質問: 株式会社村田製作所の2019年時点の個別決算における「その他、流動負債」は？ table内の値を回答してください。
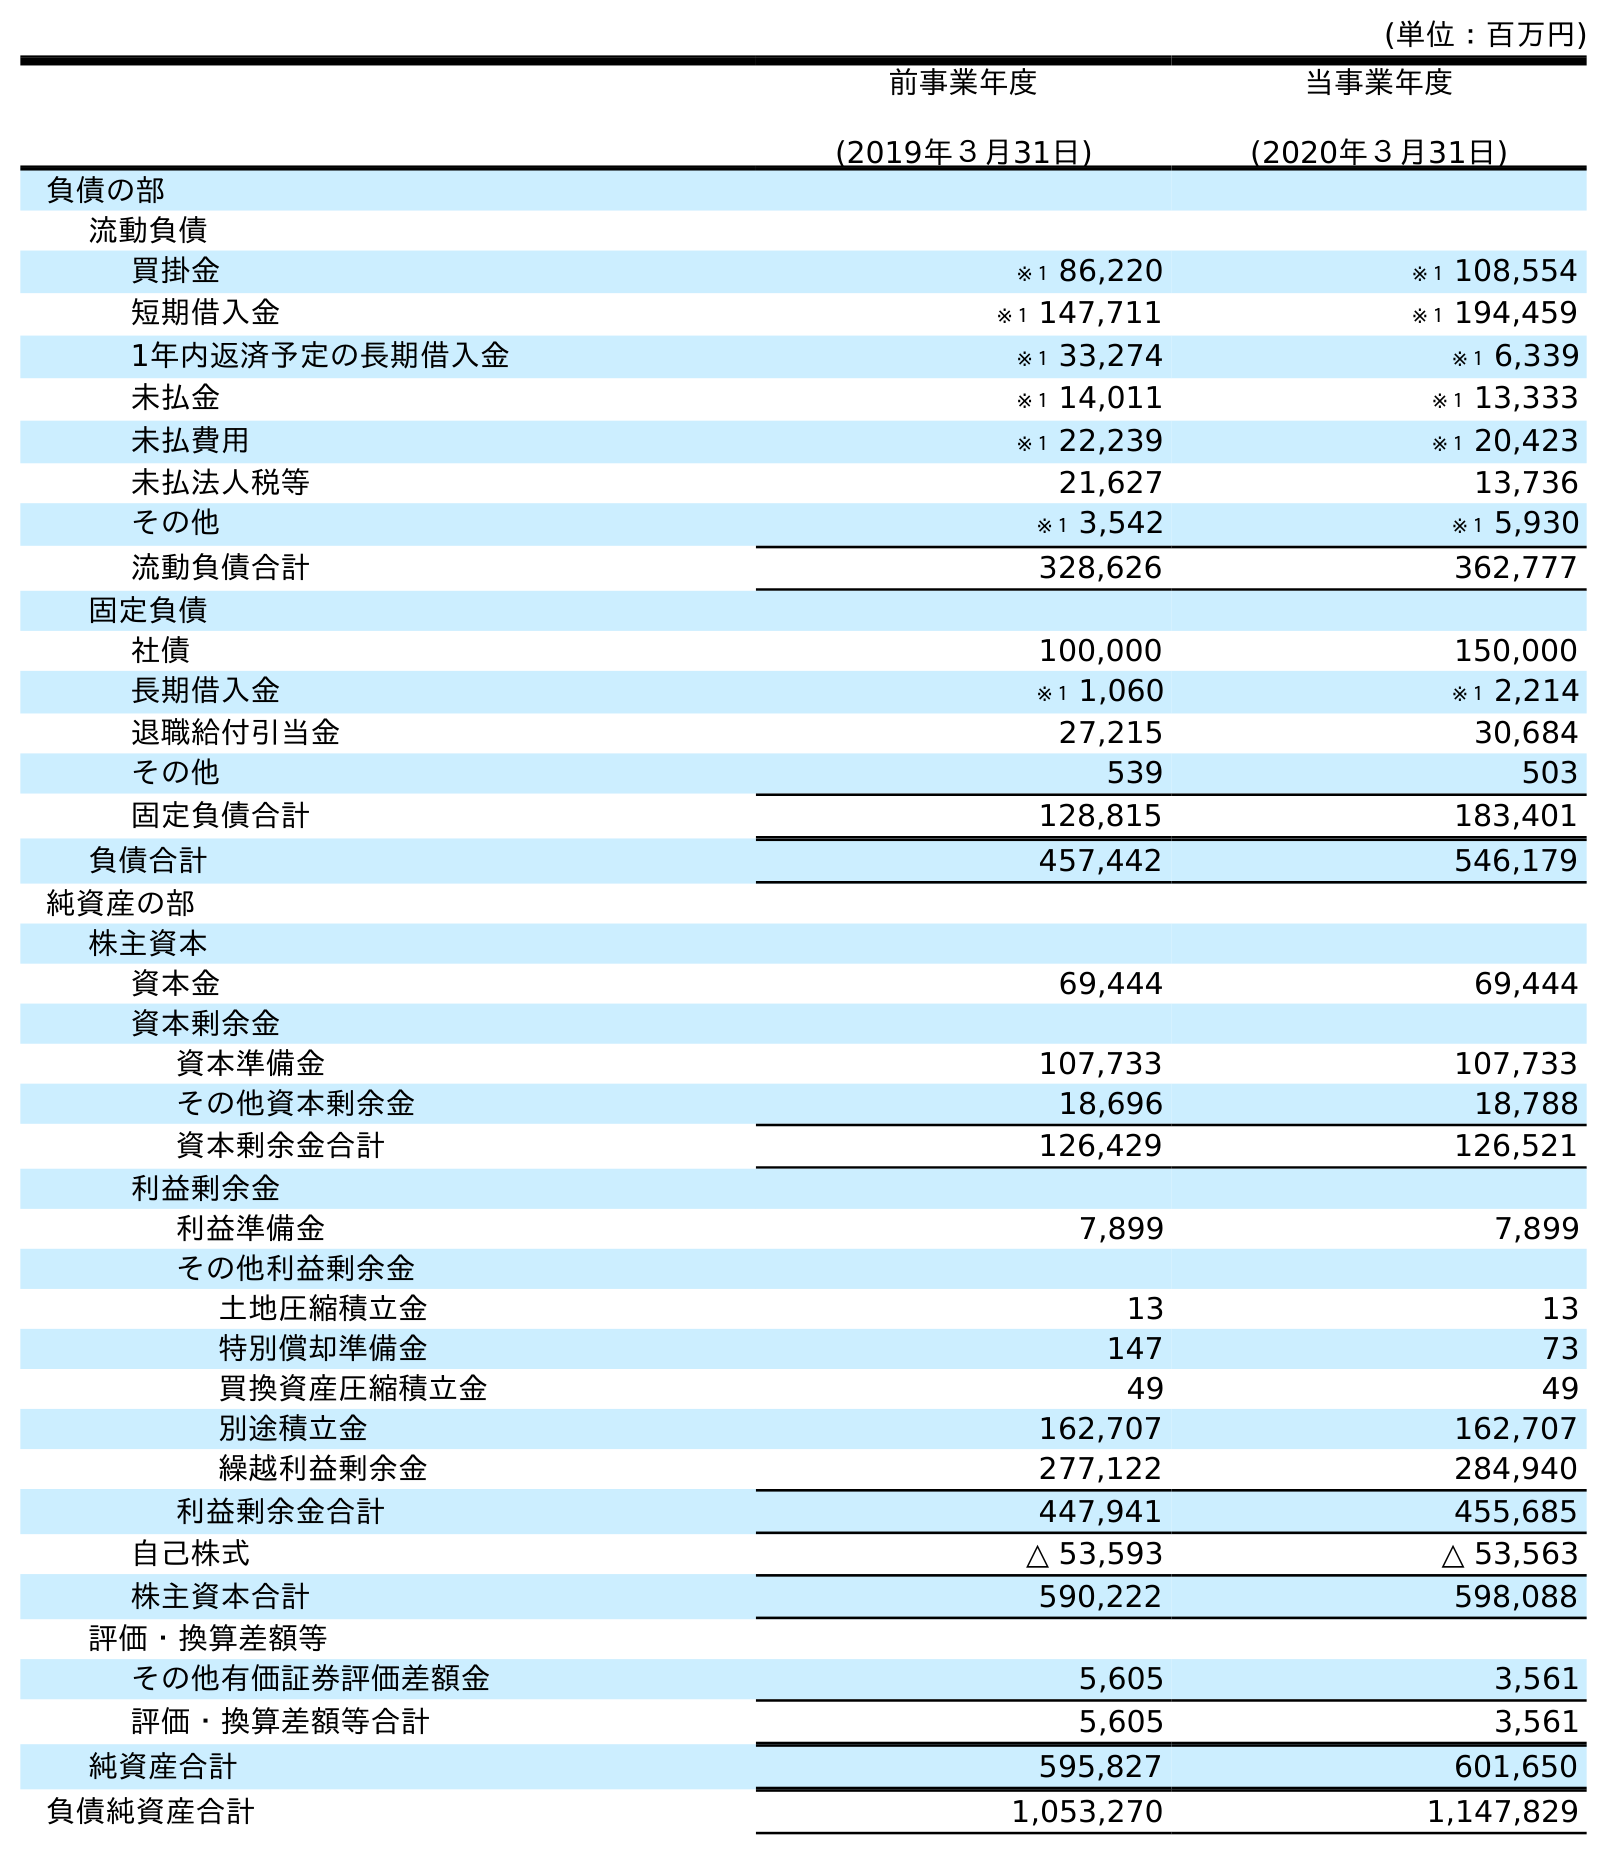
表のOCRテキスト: (単位：百万円) 前事業年度 (2019年３月31日) 当事業年度 (2020年３月31日) 負債の部 流動負債 買掛金 ※１ 86,220 ※１ 108,554 短期借入金 ※１ 147,711 ※１ 194,459 1年内返済予定の長期借入金 ※１ 33,274 ※１ 6,339 未払金 ※１ 14,011 ※１ 13,333 未払費用 ※１ 22,239 ※１ 20,423 未払法人税等 21,627 13,736 その他 ※１ 3,542 ※１ 5,930 流動負債合計 328,626 362,777 固定負債 社債 100,000 150,000 長期借入金 ※１ 1,060 ※１ 2,214 退職給付引当金 27,215 30,684 その他 539 503 固定負債合計 128,815 183,401 負債合計 457,442 546,179 純資産の部 株主資本 資本金 69,444 69,444 資本剰余金 資本準備金 107,733 107,733 その他資本剰余金 18,696 18,788 資本剰余金合計 126,429 126,521 利益剰余金 利益準備金 7,899 7,899 その他利益剰余金 土地圧縮積立金 13 13 特別償却準備金 147 73 買換資産圧縮積立金 49 49 別途積立金 162,707 162,707 繰越利益剰余金 277,122 284,940 利益剰余金合計 447,941 455,685 自己株式 △ 53,593 △ 53,563 株主資本合計 590,222 598,088 評価・換算差額等 その他有価証券評価差額金 5,605 3,561 評価・換算差額等合計 5,605 3,561 純資産合計 595,827 601,650 負債純資産合計 1,053,270 1,147,829
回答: ※１3,542